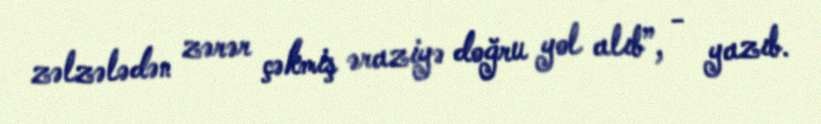
zəlzələdən zərər çəkmiş əraziyə doğru yol alıb”, - yazıb.